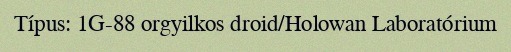
Típus: 1G-88 orgyilkos droid/Holowan Laboratórium